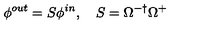
\phi ^ { o u t } = S \phi ^ { i n } , \quad S = \Omega ^ { - \dagger } \Omega ^ { + }